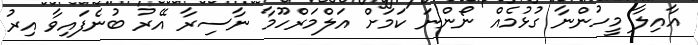
އާއިލާ މީހުންނާ ގުޅުމެއް ނޯންނަ ކަމަށް އަލްމަރްހޫމާ ނާސިރާ އޭރު ބުނެފައިވާ އިރު